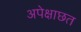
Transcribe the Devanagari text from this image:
अपेक्षाछत